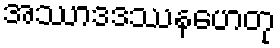
အဿာဒဒဿနဟေတု